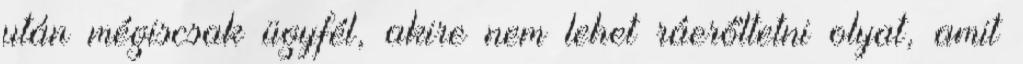
után mégiscsak ügyfél, akire nem lehet ráerőltetni olyat, amit